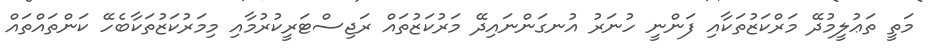
މަތީ ތަޢުލީމުދޭ މަރްކަޒުތަކާއި ފަންނީ ހުނަރު އުނގަންނައިދޭ މަރުކަޒުތައް ރަޖިސްޓަރީކުރުމާއި މިމަރުކަޒުތަކާބެހޭ ކަންތައްތައް